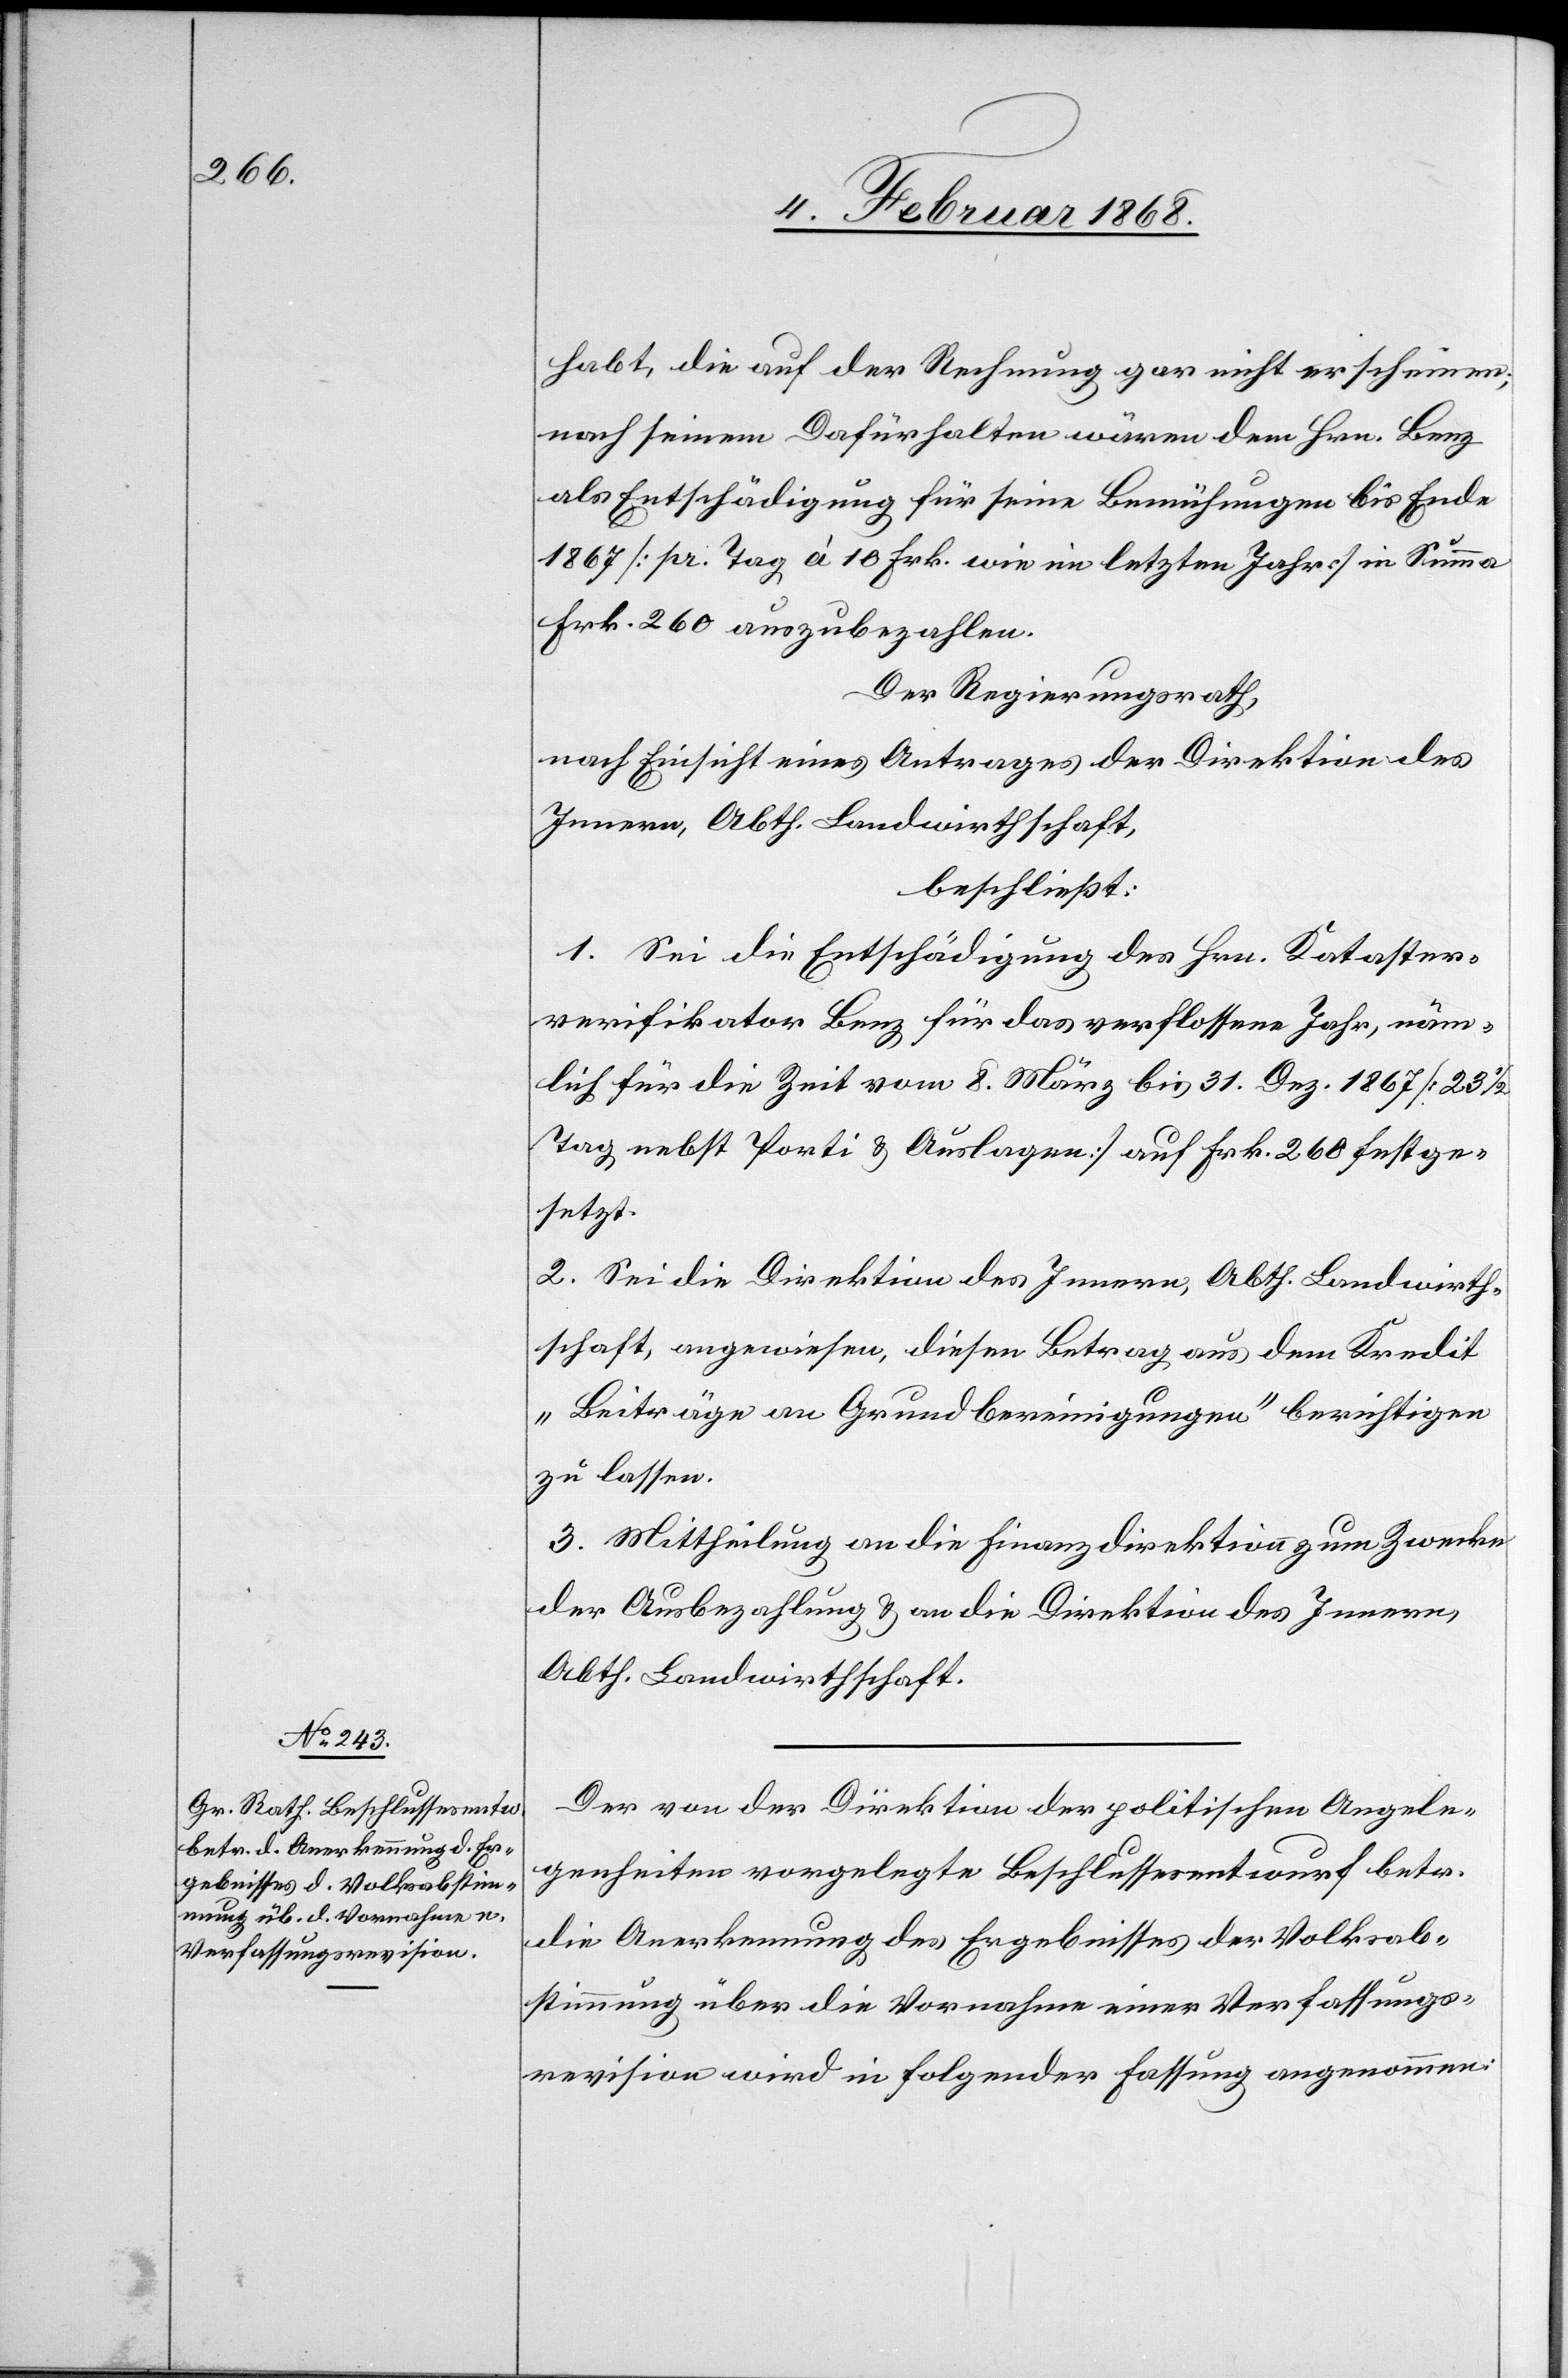
habt, die auf der Rechnung gar nicht erscheinen;
nach seinem Dafürhalten wären dem Hrn. Benz
als Entschädigung für seine Bemühungen bis Ende
1867 [pr. Tag à 10 Frk. wie im letzten Jahr] in Summa
Frk. 260 auszubezahlen.
Der Regierungsrath,
nach Einsicht eines Antrages der Direktion des
Innern, Abth. Landwirthschaft,
beschließt:
1. Sei die Entschädigung des Hrn. Kataster¬
verifikator Benz für das verflossene Jahr, näm¬
lich für die Zeit vom 8. März bis 31. Dez. 1867 [23 1/2
Tag[e] nebst Porti & Auslagen] auf Frk. 260 festge¬
setzt.
2. Sei die Direktion des Innern, Abth. Landwirth¬
schaft, angewiesen, diesen Betrag aus dem Kredit
„Beiträge an Grundbereinigungen“ berichtigen
zu lassen.
3. Mittheilung an die Finanzdirektion zum Zwecke
der Ausbezahlung & an die Direktion des Innern,
Abth. Landwirthschaft.
Der von der Direktion der politischen Angele¬
genheiten vorgelegte Beschlussesentwurf betr.
die Anerkennung des Ergebnisses der Volksab¬
stimmung über die Vornahme einer Verfassungs¬
revision wird in folgender Fassung angenommen: